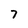
Character: 7